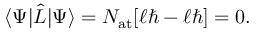
\langle \Psi \vert { \hat { L } } \vert \Psi \rangle = N _ { \mathrm { { a t } } } [ \ell \hbar - \ell \hbar ] = 0 .